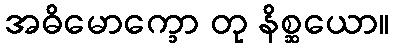
အဓိမောက္ခော တု နိစ္ဆယော။